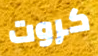
كروت